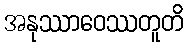
အနုဿာဝေဿတူတိ